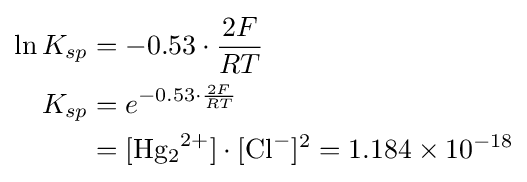
{\begin{aligned}\ln {K_{sp}}&=-0.53\cdot {\frac {2F}{RT}}\\K_{sp}&=e^{-0.53\cdot {\frac {2F}{RT}}}\\&=[{\ce {Hg2^2+}}]\cdot [{\ce {Cl-}}]^{2}=1.184\times 10^{-18}\end{aligned}}